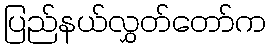
ပြည်နယ်လွှတ်တော်က